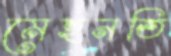
মেহনতি